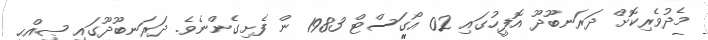
މެދުވެރިކޮށް ދަރަނބޫދޫ އޮފީހުގައި 02 އޯގަސްޓް 1983 ން ފެށިގެންނެވެ. ދަރަނބޫދޫގައި ޞިއްޙީ